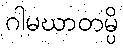
ဂါမဃာတမ္ပိ